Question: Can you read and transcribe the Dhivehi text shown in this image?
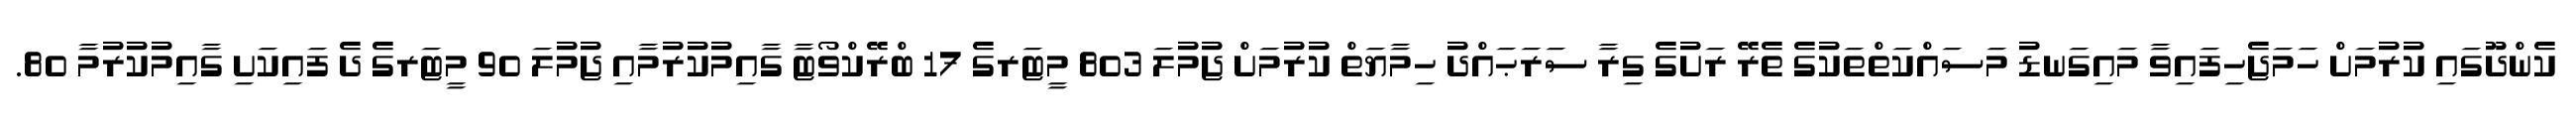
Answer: ކެންދޫގައި ކުރުމަށް ހަމަޖެހިފައިވާ މައިގަނޑު މަސައްކަތްތަކުގެ ތެރޭ ރަށުގެ ގިރާ ސަރަޙައްދު ހިމާޔަތް ކުރުމަށް ޖުމުލަ 803 މީޓަރގެ 17 ބްރޭކްވޯޓާ ގާއިމުކުރުމާއި ޖުމުލަ 90 މީޓަރގެ ދެ ފައިކަށި ގާއިމުކުރުމާ 80.